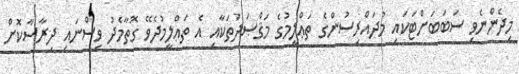
މިދެންނެވި ސަބަބަށްޓަކައި މުދައްރިސުންގެ ތަޢްލީމުގެ މަޤްޞަދުތަކާއި އެ ތަޢްލީމުދެވޭ ގޮތާމެދު ވިސްނައި ދިރާސާކޮށް